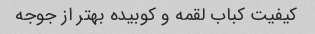
کیفیت کباب لقمه و کوبیده بهتر از جوجه